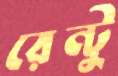
রেন্টু